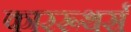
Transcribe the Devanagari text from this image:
काररूथर्स